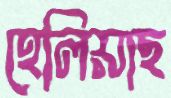
হেলিয়াছ